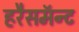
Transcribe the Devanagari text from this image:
हरैसमॅन्ट